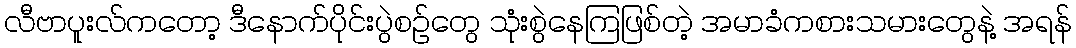
လီဗာပူးလ်ကတော့ ဒီနောက်ပိုင်းပွဲစဉ်တွေ သုံးစွဲနေကြဖြစ်တဲ့ အမာခံကစားသမားတွေနဲ့ အရန်